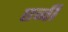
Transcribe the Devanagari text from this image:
एव्वी